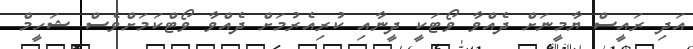
އަދި ރައީސް ޔާމީނަށް ދެއްވާ ވޯޓަކީ ދީނާއި ކުރިއެރުމަށް ދެއްވާ ވޯޓްކަމަށްވެސް ޝަހީމް